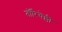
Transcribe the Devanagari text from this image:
तॉरिचेल्ली